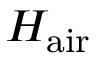
H _ { \mathrm { a i r } }